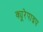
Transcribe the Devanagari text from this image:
क्यूरेपाइप